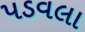
પડવલા